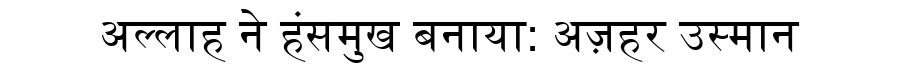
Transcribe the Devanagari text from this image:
अल्लाह ने हंसमुख बनाया: अज़हर उस्मान